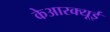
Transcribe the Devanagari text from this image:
केआरक्यूई